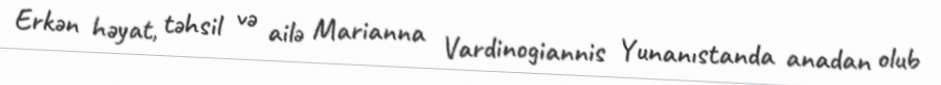
Erkən həyat, təhsil və ailə Marianna Vardinogiannis Yunanıstanda anadan olub